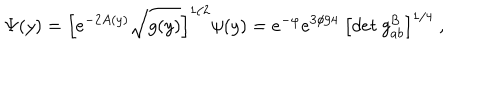
\Psi ( y ) = \left[ e ^ { - 2 A ( y ) } \sqrt { g ( y ) } \right] ^ { 1 / 2 } \psi ( y ) = e ^ { - \varphi } e ^ { 3 \phi / 4 } ~ \left[ d e t ~ g _ { a b } ^ { \cal { B } } \right] ^ { 1 / 4 } ~ ,